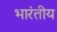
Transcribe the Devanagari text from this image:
भारंतीय